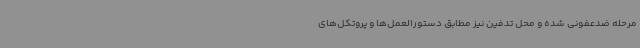
مرحله ضدعفونی شده و محل تدفین نیز مطابق دستورالعمل‌ها و پروتکل‌های